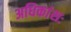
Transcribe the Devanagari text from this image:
अधिकांशः